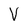
Character: V